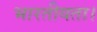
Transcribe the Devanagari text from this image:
भारतीयता।